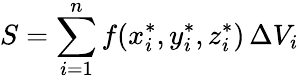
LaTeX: S=\sum_{i=1}^{n}f(x_{i}^{*},y_{i}^{*},z_{i}^{*})\, \Delta V_{i}